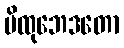
မိထုဘေဒတော